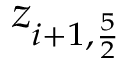
z _ { i + 1 , \frac { 5 } { 2 } }